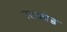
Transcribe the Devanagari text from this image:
स्टकोड